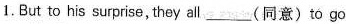
1.But to his surprise, they all ___(同意) to go